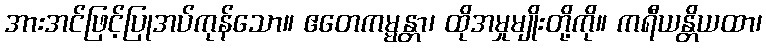
အားအင်ဖြင့်ပြုအပ်ကုန်သော။ ဧတေကမ္မန္တာ၊ ထိုအမှုမျိုးတို့ကို။ ကရီယန္တိယထာ၊